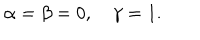
\alpha = \beta = 0 , \quad \gamma = 1 .